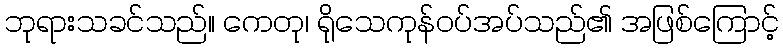
ဘုရားသခင်သည်။ ကေတု၊ ရိုသေကုန်ဝပ်အပ်သည်၏ အဖြစ်ကြောင့်